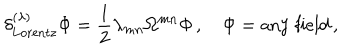
\delta _ { \mathrm { L o r e n t z } } ^ { ( \lambda ) } \Phi = \frac 1 2 \lambda _ { m n } \Omega ^ { m n } \Phi \, , \quad \Phi = \mathrm { a n y ~ f i e l d } \, ,